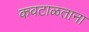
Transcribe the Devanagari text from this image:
कवटाळताना